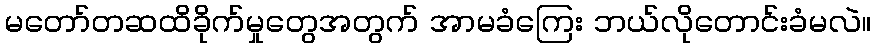
မတော်တဆထိခိုက်မှုတွေအတွက် အာမခံကြေး ဘယ်လိုတောင်းခံမလဲ။